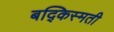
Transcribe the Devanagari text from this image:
बद्किस्मती